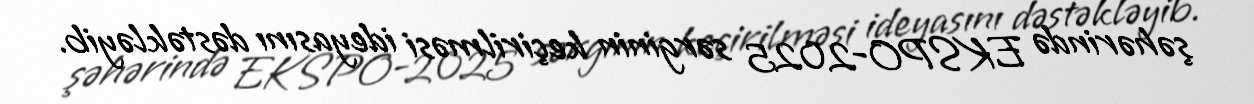
şəhərində EKSPO-2025 sərginin keçirilməsi ideyasını dəstəkləyib.